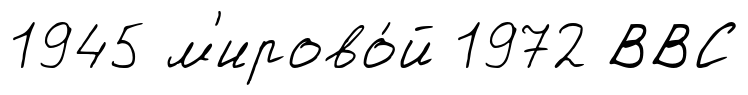
1945 м'ирово́й 1972 ВВС